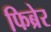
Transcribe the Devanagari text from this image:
फिब्रेर